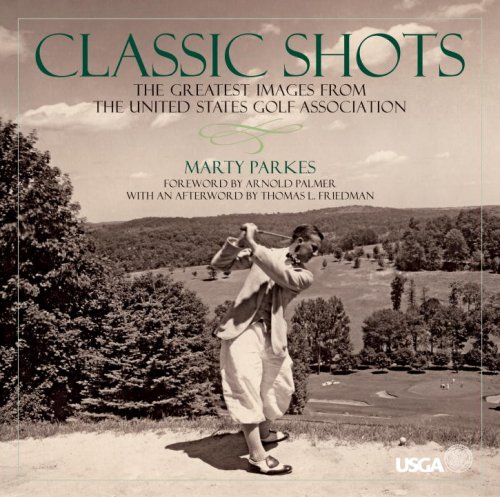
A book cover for Classic Shots: The Greatest Images from the United States Golf Association; Marty Parkes; Arts & Photography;